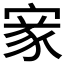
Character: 𡩙